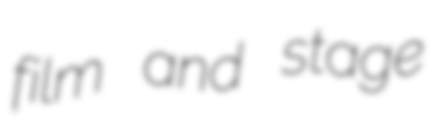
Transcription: film and stage